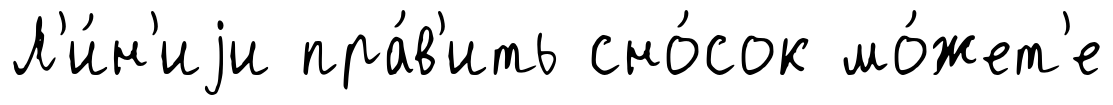
Л'и́н'иjи пра́в'ить сно́сок мо́жет'е